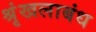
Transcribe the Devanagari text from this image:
श्रृंखलाबंध